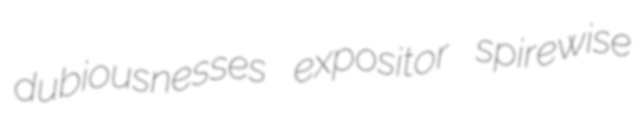
dubiousnesses expositor spirewise